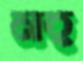
নহু